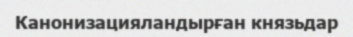
Канонизацияландырған князьдар